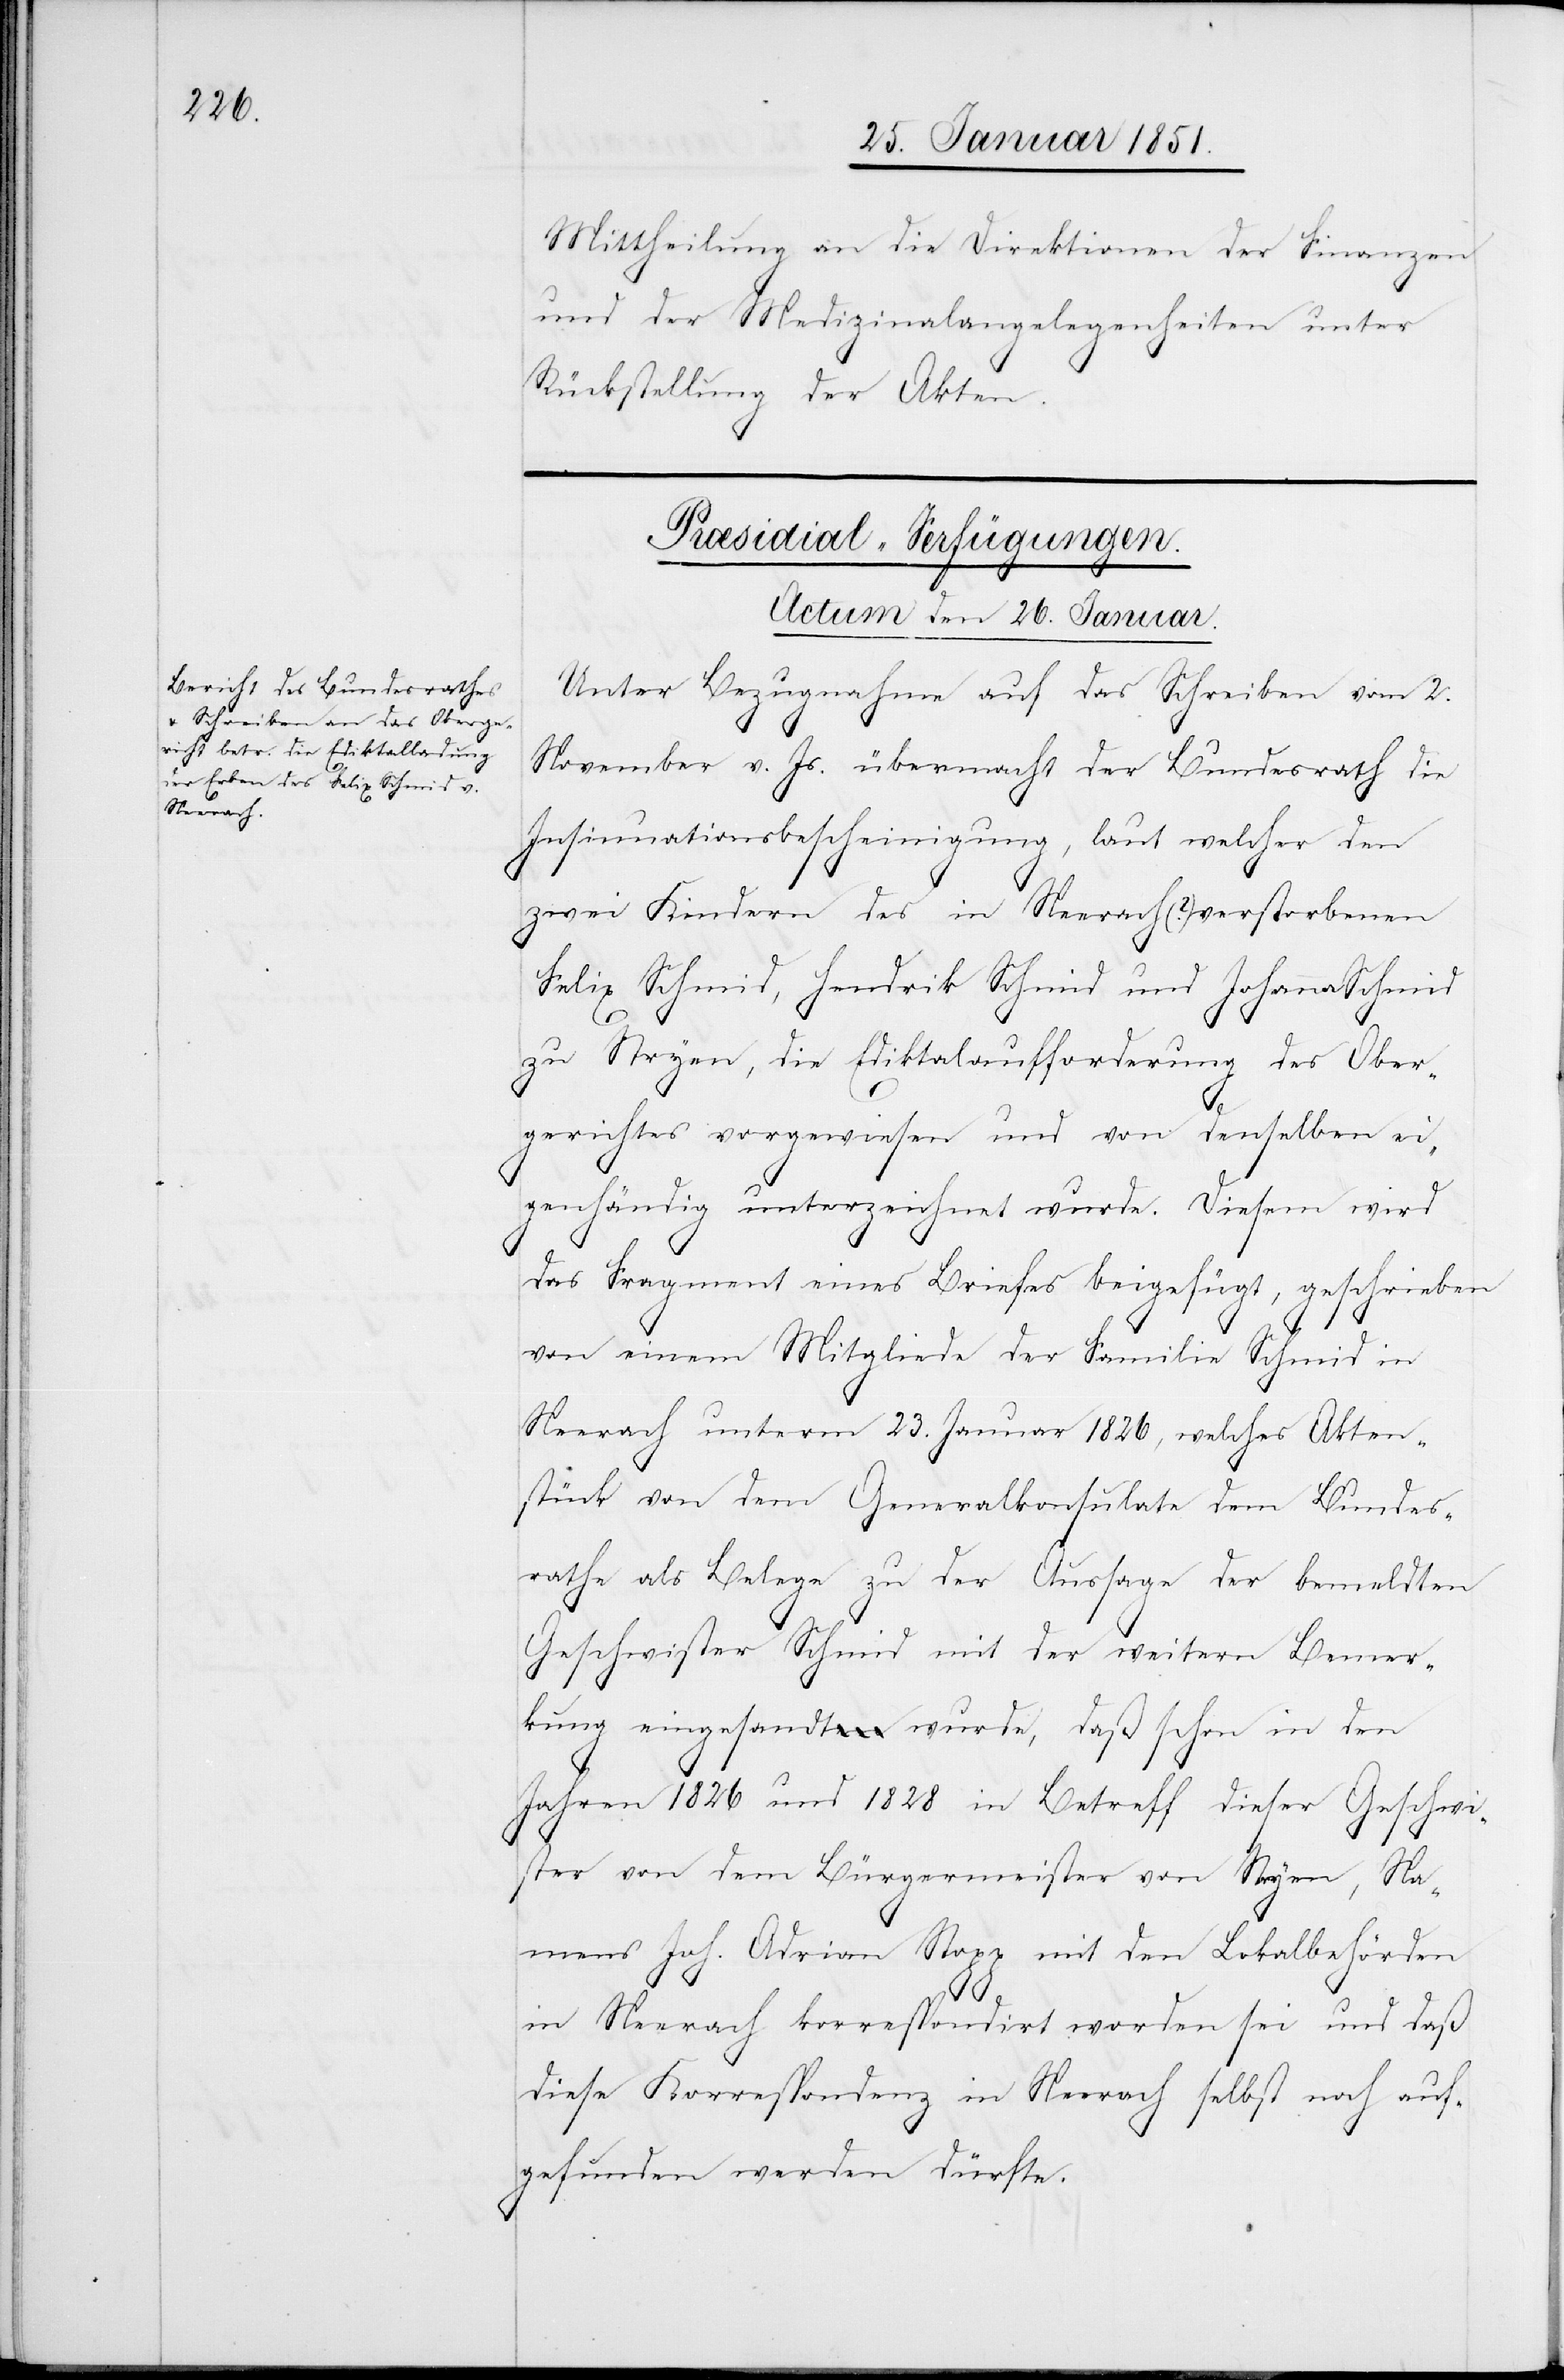
Mittheilung an die Direktionen der Finanzen
und der Medizinalangelegenheiten unter
Rückstellung der Akten.
Præsidial-Verfügungen.
Actum den 26. Januar.
Unter Bezugnahme auf das Schreiben vom 2.
November v. Js. übermacht der Bundesrath die
Insinuationsbescheinigung, laut welcher den
zwei Kindern des in Neerach (?) verstorbenen
Felix Schmid, Hendrik Schmid und Johanna Schmid
zu Stryen, die Ediktalaufforderung des Ober¬
gerichtes vorgewiesen und von denselben ei¬
genhändig unterzeichnet wurde. Diesem wird
das Fragment eines Briefes beigefügt, geschrieben
von einem Mitgliede der Familie Schmid in
Neerach unterm 23. Januar 1826, welches Akten¬
stück von dem Generalkonsulate dem Bundes¬
rathe als Belege zu der Aussage der bemeldten
Geschwister Schmid mit der weitern Bemer¬
kung eingesandt wurde, daß schon in den
Jahren 1826 und 1828 in Betreff dieser Geschwi¬
ster von dem Bürgermeister von Stryen, Na¬
mens Joh. Adrian Stopp mit den Lokalbehörden
in Neerach korrespondirt worden sei und daß
diese Korrespondenz in Neerach selbst noch auf¬
gefunden werden dürfte.